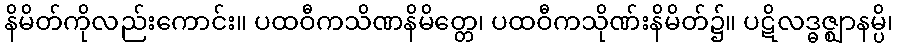
နိမိတ်ကိုလည်းကောင်း။ ပထဝီကသိဏနိမိတ္တေ၊ ပထဝီကသိုဏ်းနိမိတ်၌။ ပဋိလဒ္ဓဇ္ဈာနမ္ပိ၊